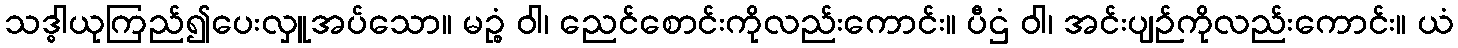
သဒ္ဓါယုကြည်၍ပေးလှူအပ်သော။ မဉ္စံ ဝါ၊ ညေင်စောင်းကိုလည်းကောင်း။ ပီဌံ ဝါ၊ အင်းပျဉ်ကိုလည်းကောင်း။ ယံ